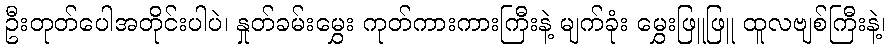
ဦးတုတ်ပေါအတိုင်းပါပဲ၊ နှုတ်ခမ်းမွှေး ကုတ်ကားကားကြီးနဲ့ မျက်ခုံး မွှေးဖြူဖြူ ထူလဗျစ်ကြီးနဲ့၊